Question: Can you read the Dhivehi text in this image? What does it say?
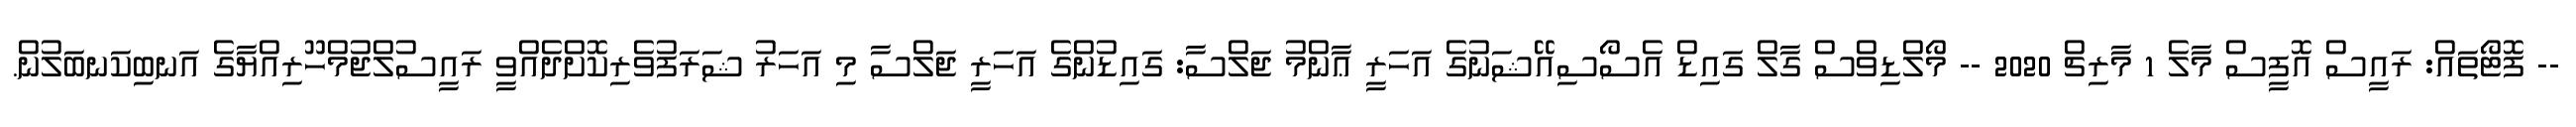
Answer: -- ފޮޓޯތައް: ރައީސް އޮފީސް މާލެ 1 މާރިޗް 2020 -- މޯލްޑިވްސް ގާލް ގައިޑް އެސޯސިއޭޝަނުގެ އަހަރީ ޢާންމު ޖަލްސާ: ގައިޑުންގެ އަހަރީ ޖަލްސާ މި އަހަރު ޝަރަފުވެރިކޮށްދެއްވީ ރައީސުލްޖުމްހޫރިއްޔާގެ އަނބިކަނބަލުން.